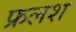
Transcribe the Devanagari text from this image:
फ्रलश